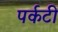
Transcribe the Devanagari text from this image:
पर्कटी